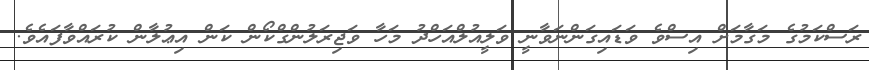
ރަސްކަމުގެ މަގާމަށް އިސްވެ ވަޑައިގަންނަވާނީ ވަލީއުލްއަހްދު މަހާ ވަޖިރަލުންގްކޯން ކަން އިޢުލާން ކުރައްވާފައެވެ.